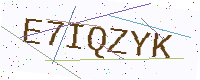
Text: E7IQZYK